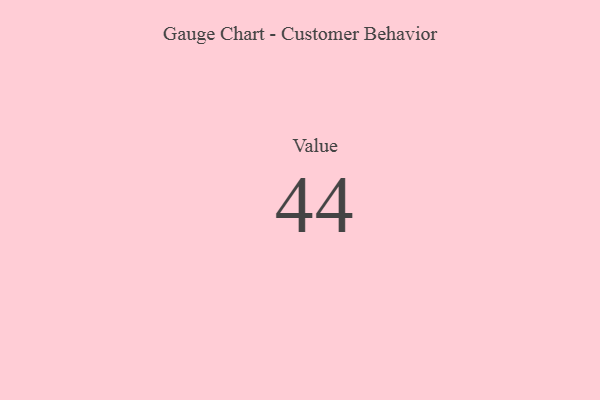
{"axis": {"x": "Metric", "y": "Value"}, "legend": [""], "data": [{"x": "Value", "y": 44, "type": ""}]}